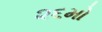
૨૬મો